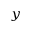
_ { y }